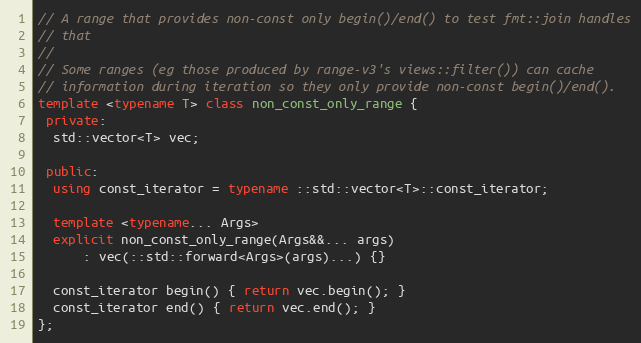
Language: C++
// A range that provides non-const only begin()/end() to test fmt::join handles
// that
//
// Some ranges (eg those produced by range-v3's views::filter()) can cache
// information during iteration so they only provide non-const begin()/end().
template <typename T> class non_const_only_range {
 private:
  std::vector<T> vec;

 public:
  using const_iterator = typename ::std::vector<T>::const_iterator;

  template <typename... Args>
  explicit non_const_only_range(Args&&... args)
      : vec(::std::forward<Args>(args)...) {}

  const_iterator begin() { return vec.begin(); }
  const_iterator end() { return vec.end(); }
};